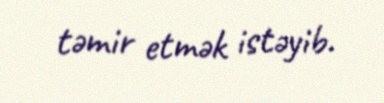
təmir etmək istəyib.